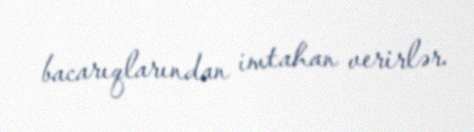
bacarıqlarından imtahan verirlər.